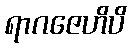
ရာဂဇေဟိပိ